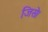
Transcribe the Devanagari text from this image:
जिसे।